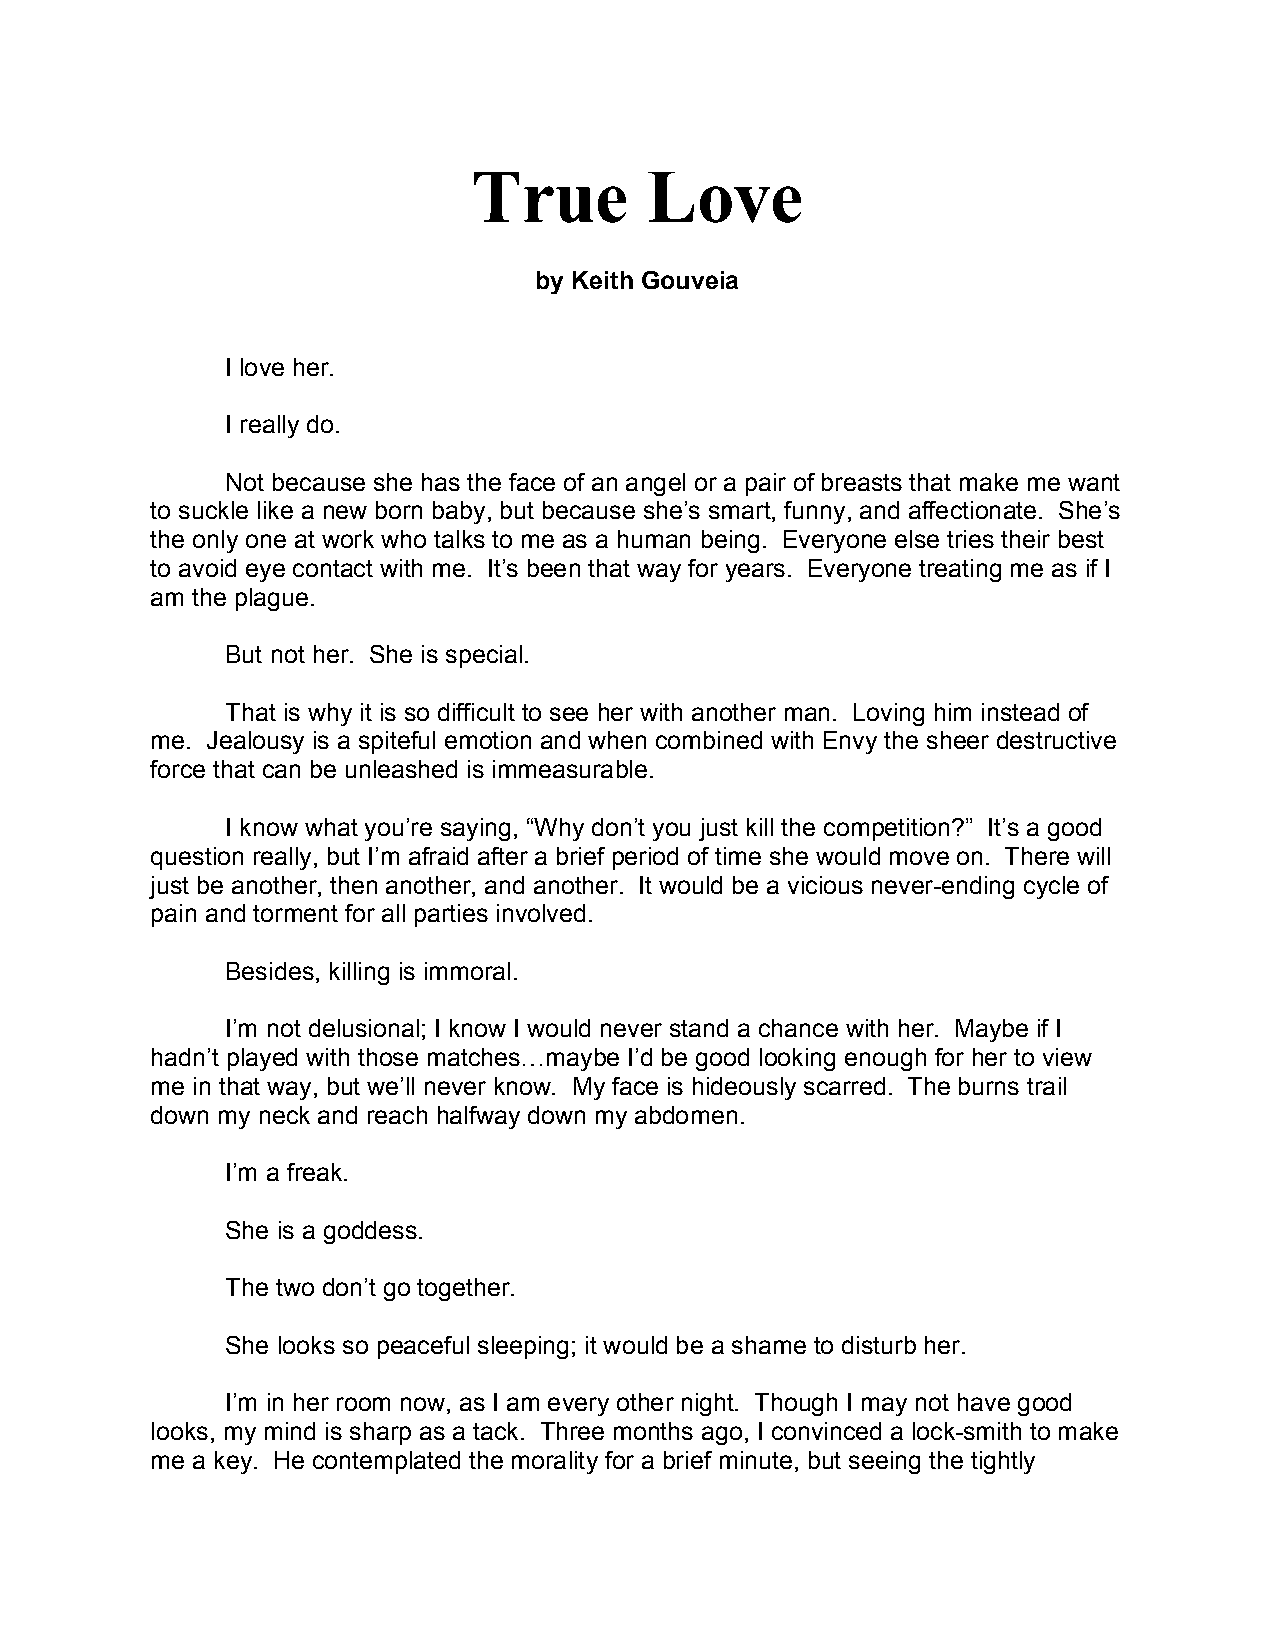
True        Love
 by Keith Gouveia
 I love her.
 I really do.
 Not because she has the face of an angel or a pair of breasts that make me want
 to suckle like a new born baby, but because she’s smart, funny, and affectionate. She’s
 the only one at work who talks to me as a human being. Everyone else tries their best
 to avoid eye contact with me. It’s been that way for years. Everyone treating me as if I
 am the plague.
 But not her. She is special.
 That is why it is so difficult to see her with another man. Loving him instead of
 me. Jealousy is a spiteful emotion and when combined with Envy the sheer destructive
 force that can be unleashed is immeasurable.
 I know what you’re saying, “Why don’t you just kill the competition?” It’s a good
 question really, but I’m afraid after a brief period of time she would move on. There will
 just be another, then another, and another. It would be a vicious never-ending cycle of
 pain and torment for all parties involved.
 Besides, killing is immoral.
 I’m not delusional; I know I would never stand a chance with her. Maybe if I
 hadn’t played with those matches…maybe I’d be good looking enough for her to view
 me in that way, but we’ll never know. My face is hideously scarred. The burns trail
 down my neck and reach halfway down my abdomen.
 I’m a freak.
 She is a goddess.
 The two don’t go together.
 She looks so peaceful sleeping; it would be a shame to disturb her.
 I’m in her room now, as I am every other night. Though I may not have good
 looks, my mind is sharp as a tack. Three months ago, I convinced a lock-smith to make
 me a key. He contemplated the morality for a brief minute, but seeing the tightly